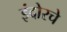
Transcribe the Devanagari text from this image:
इंदोरचे